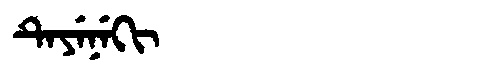
Manchu: ᡨᡝᠶᡝᠨᡝᡴᡳ
Romanization: TEYENEKI